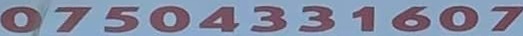
07504331607